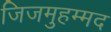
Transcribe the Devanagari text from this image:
जिजमुहम्मद